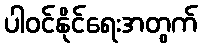
ပါဝင်နိုင်ရေးအတွက်